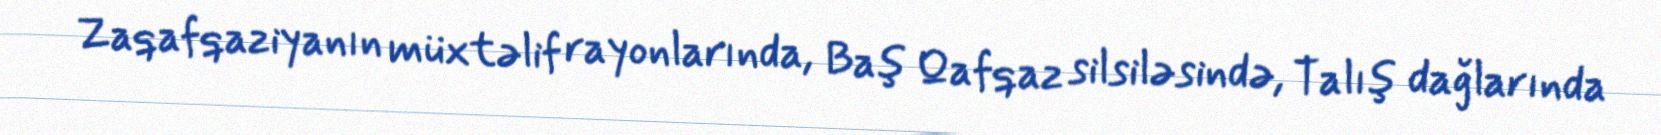
Zaqafqaziyanın müxtəlif rayonlarında, Baş Qafqaz silsiləsində, Talış dağlarında